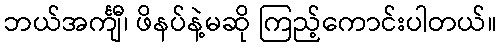
ဘယ်အင်္ကျီ၊ ဖိနပ်နဲ့မဆို ကြည့်ကောင်းပါတယ်။